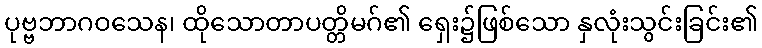
ပုဗ္ဗဘာဂဝသေန၊ ထိုသောတာပတ္တိမဂ်၏ ရှေး၌ဖြစ်သော နှလုံးသွင်းခြင်း၏